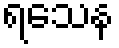
ရသေန